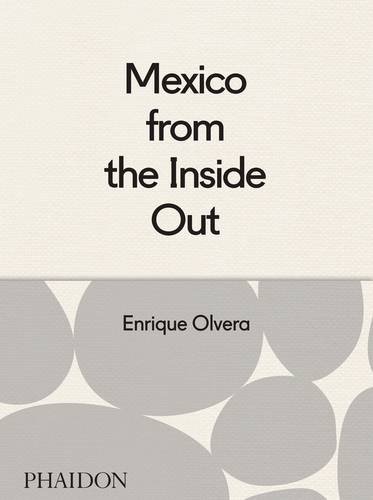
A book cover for Mexico from the Inside Out; Enrique Olvera; Cookbooks, Food & Wine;